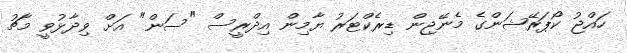
ހައްޖު ކޯޕަރޭޝަންގެ މެނޭޖިން ޑިރެކްޓަރު ޔާމިން އިދްރީސް "ސަން" އަށް ވިދާޅުވީ މާޗު